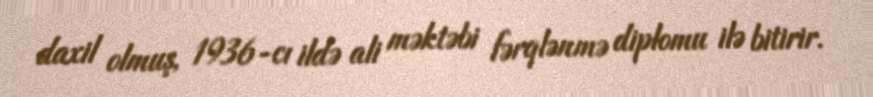
daxil olmuş, 1936-cı ildə ali məktəbi fərqlənmə diplomu ilə bitirir.